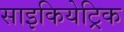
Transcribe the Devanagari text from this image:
साइकियेट्रिक